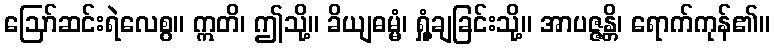
ဩော်ဆင်းရဲလေစွ။ ဣတိ၊ ဤသို့။ ခိယျဓမ္မံ၊ ရှုံ့ချခြင်းသို့။ အာပဇ္ဇန္တိ၊ ရောက်ကုန်၏။